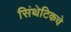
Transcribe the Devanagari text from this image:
सिंथेटिकचे